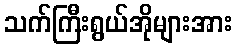
သက်ကြီးရွယ်အိုများအား